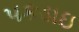
પકડાઇ